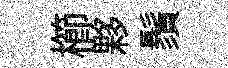
櫛夥鬚